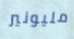
مليونير